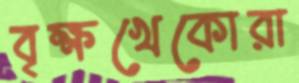
বৃক্ষখেকোরা